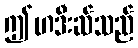
ဤဟဒီးဆ်သည်